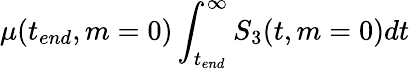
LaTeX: \mu(t_{end},m=0)\int_{t_{end}}^{\infty}S_{3}(t,m=0)dt